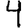
Digit: 4